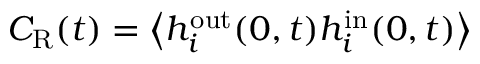
C _ { \mathrm { R } } ( t ) = \left< h _ { i } ^ { \mathrm { o u t } } ( 0 , t ) h _ { i } ^ { \mathrm { i n } } ( 0 , t ) \right>